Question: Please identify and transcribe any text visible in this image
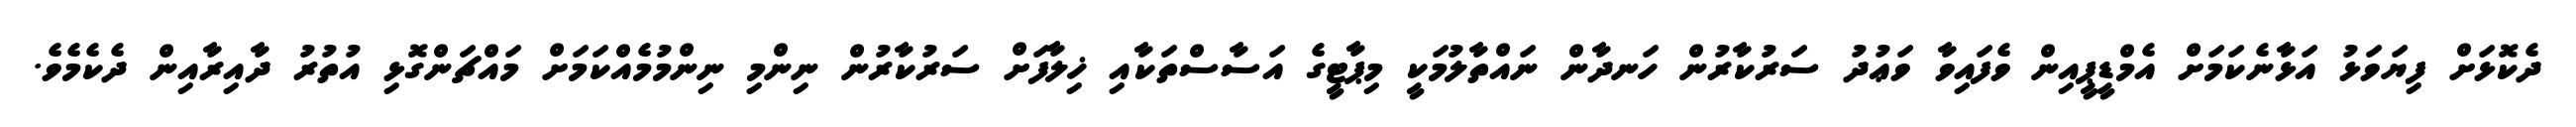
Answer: ދެކޮޅަށް ފިޔަވަޅު އަޅާނެކަމަށް އެމްޑީޕީއިން ވެފައިވާ ވަޢުދު ސަރުކާރުން ހަނދާން ނައްތާލުމަކީ މިޕާޓީގެ އަސާސްތަކާއި ޚިލާފަށް ސަރުކާރުން ނިންމި ނިންމުމެއްކަމަށް މައްޗަންގޮޅި އުތުރު ދާއިރާއިން ދެކެމެވެ.